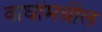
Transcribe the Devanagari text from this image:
वाघांमधील